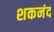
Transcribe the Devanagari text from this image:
शकनंद